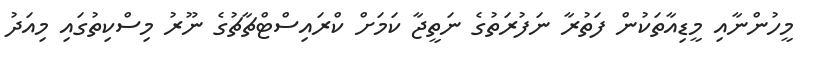
މީހުންނާއި މީޑިއާތަކުން ފަތުރާ ނަފުރަތުގެ ނަތީޖާ ކަމަށް ކްރައިސްޓްޗާޗުގެ ނޫރު މިސްކިތުގައި މިއަދު